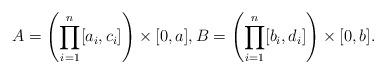
LaTeX: \begin{align*} A = \left(\prod_{i=1}^n[a_i,c_i]\right) \times [0,a], B= \left(\prod_{i=1}^n[b_i,d_i]\right) \times [0,b]. \end{align*}